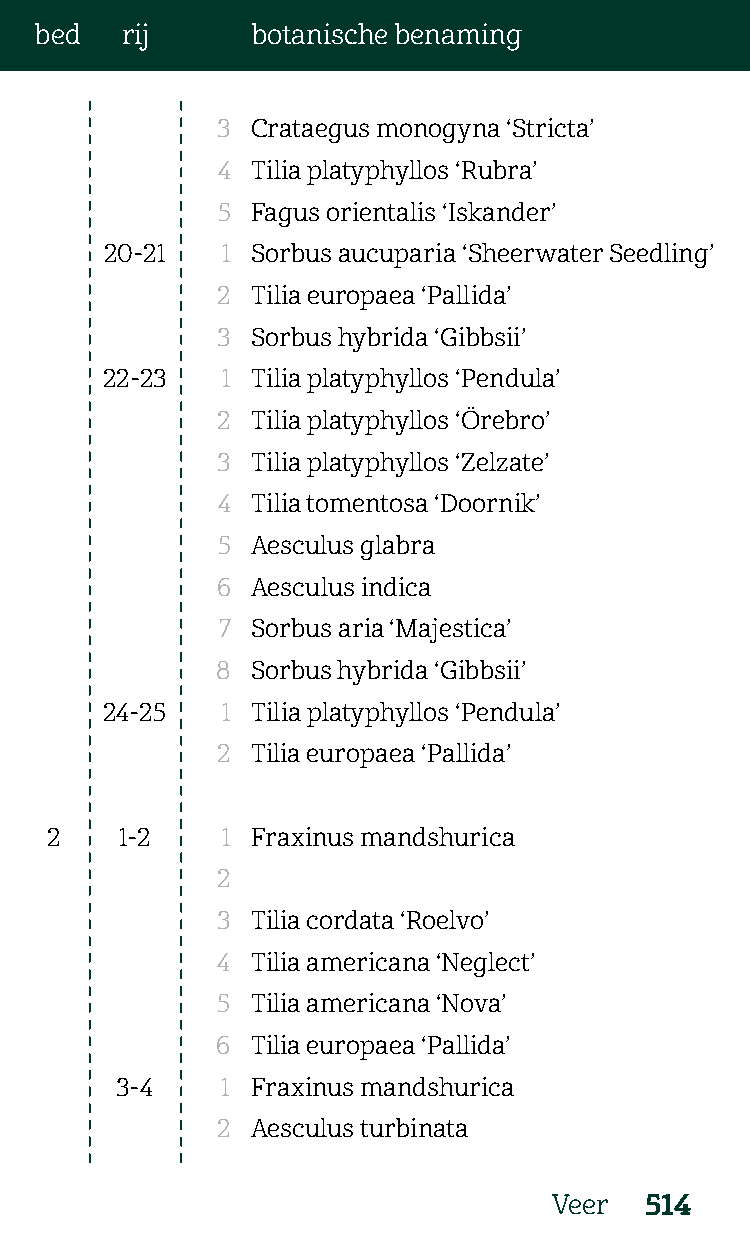
bed   rij      botanische benaming
 3  Crataegus monogyna ‘Stricta’
 4  Tilia platyphyllos ‘Rubra’
 5  Fagus orientalis ‘Iskander’
 20-21   1 Sorbus aucuparia ‘Sheerwater Seedling’
 2  Tilia europaea ‘Pallida’
 3  Sorbus hybrida ‘Gibbsii’
 22-23   1 Tilia platyphyllos ‘Pendula’
 2  Tilia platyphyllos ‘Örebro’
 3  Tilia platyphyllos ‘Zelzate’
 4  Tilia tomentosa ‘Doornik’
 5  Aesculus glabra
 6  Aesculus indica
 7  Sorbus aria ‘Majestica’
 8  Sorbus hybrida ‘Gibbsii’
 24-25   1 Tilia platyphyllos ‘Pendula’
 2  Tilia europaea ‘Pallida’
 2    1-2    1 Fraxinus mandshurica
 2
 3  Tilia cordata ‘Roelvo’
 4  Tilia americana ‘Neglect’
 5  Tilia americana ‘Nova’
 6  Tilia europaea ‘Pallida’
 3-4    1 Fraxinus mandshurica
 2  Aesculus turbinata
 Veer  514